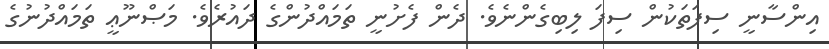
އިންސާނީ ސިފަތަކުން ސިފަ ލިބިގެންނެވެ. ދެން ފެށުނީ ތަމައްދުންގެ ދައުރެވެ. މަޞްނޫޢީ ތަމައްދުނުގެ